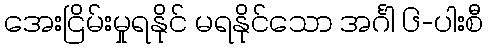
အေးငြိမ်းမှုရနိုင် မရနိုင်သော အင်္ဂါ ၆-ပါးစီ